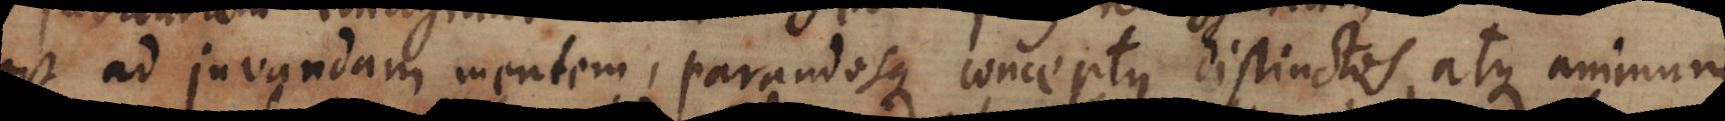
est ad juvandam mentem, parandosque conceptus distinctos, atque animum